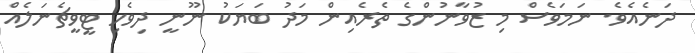
ދަނެއެވެ. ނަމަވެސް މި ޒުވާނުންގެ ތެރެއިން މަދު ބަޔަކު ނޫނީ ދިވެހި ޓީވީޗެނަލެއް